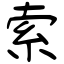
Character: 索